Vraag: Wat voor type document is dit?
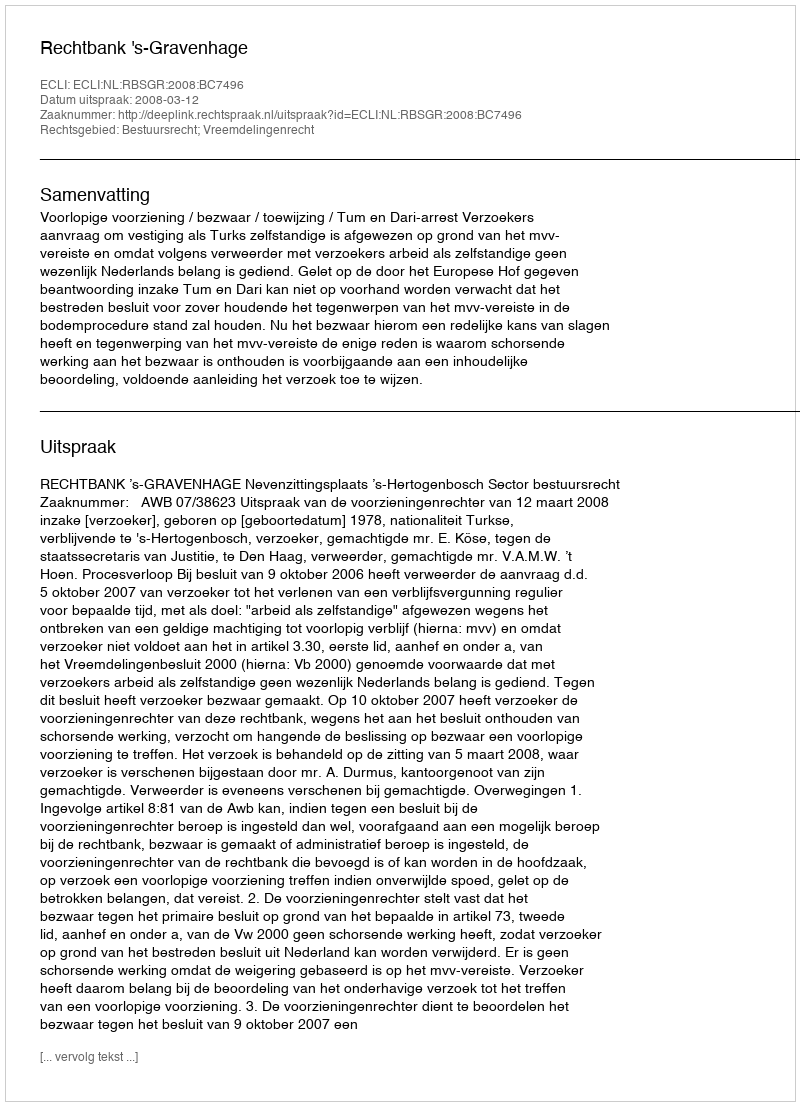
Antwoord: Uitspraak